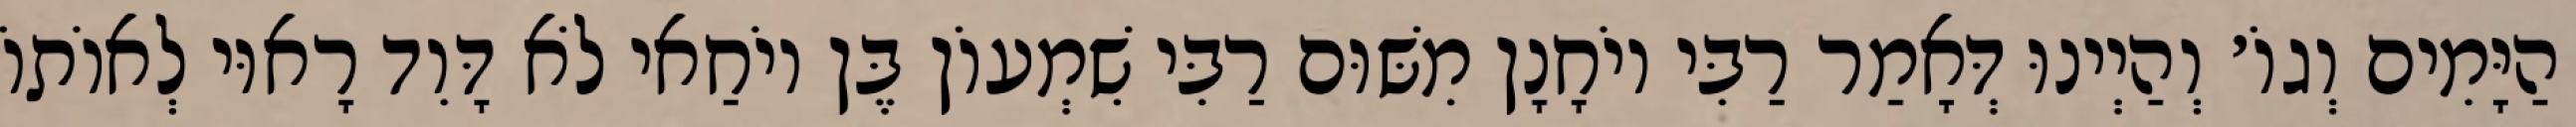
הַיָּמִים וְגוֹ׳ וְהַיְינוּ דְּאָמַר רַבִּי יוֹחָנָן מִשּׁוּם רַבִּי שִׁמְעוֹן בֶּן יוֹחַאי לֹא דָּוִד רָאוּי לְאוֹתוֹ